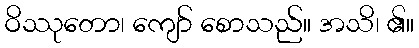
ဝိဿုတော၊ ကျော် စောသည်။ အသိ၊ ၏။